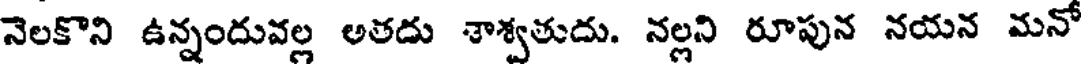
నెలకొని ఉన్నందువల్ల అతదు శాశ్వతుదు. నల్లని రూపున నయన మనో